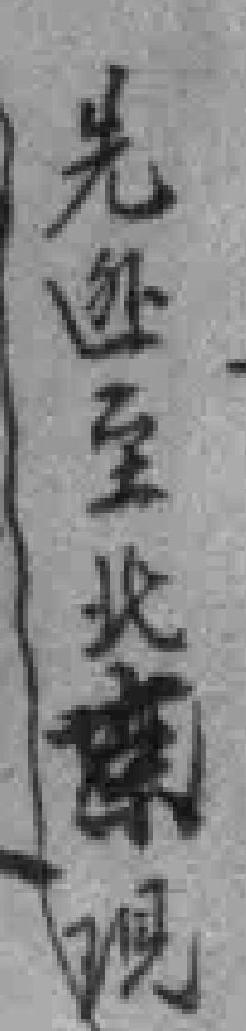
先迯至北京現